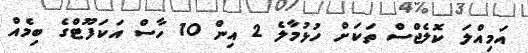
އަމިއްލަ ކޮލެޖްސް ތަކަށް ހުޅުމާލެ 2 އިން 10 ހާސް އަކަފޫޓްގެ ބިމެއް